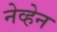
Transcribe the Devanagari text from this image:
नेव्हेन